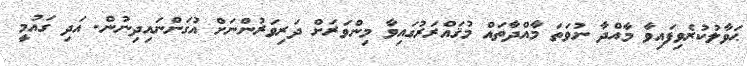
ޙަވާލުކުރެވިފައިވާ މާއްދާ ނުވަތަ މާއްދާތައް މުޤައްރަރުގައިވާ މިންވަރަށް ދަރިވަރުންނަށް އުގަންނައިދިނުން. އަދި ގައުމީ